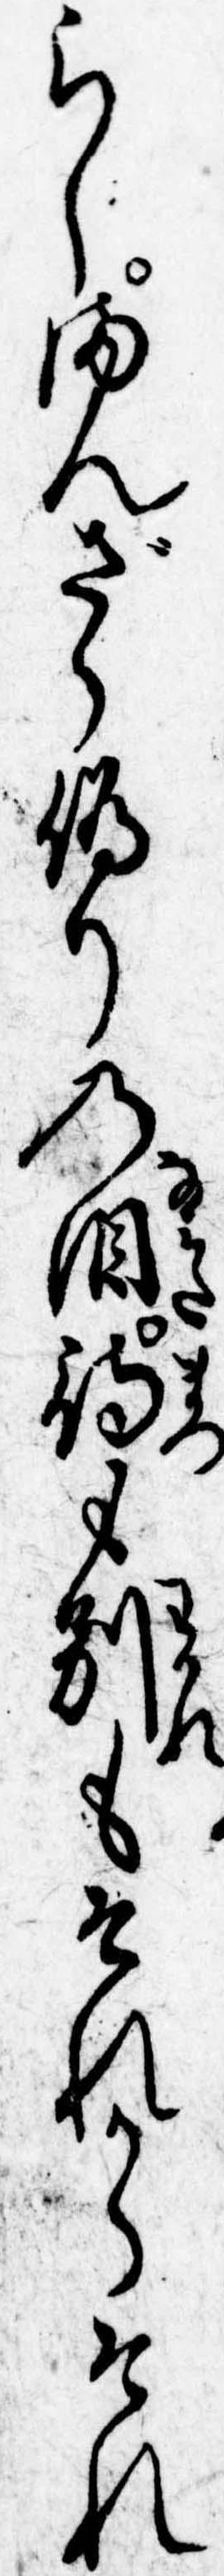
らしまんざら偽りの涙待も別もそれからそれ